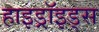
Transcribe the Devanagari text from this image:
हाइड्रॉइड्स